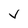
Character: v